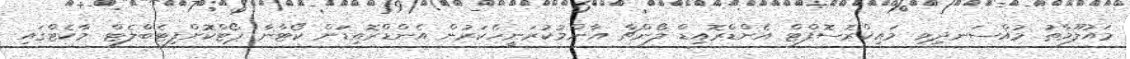
މައުލޫމާތު މުއްސަނދިވި މައިކްރޮސޮފްޓް އެންޑްރޮއިޑް ލޯންޗާ އާންމުކުރަނީހެކަރުން އެންޑްރޮއިޑަށް ކޯޓާނާ ޕޯޓްކޮށްފިޓެބްލެޓް މާކެޓްގައި